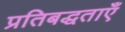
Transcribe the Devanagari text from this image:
प्रतिबद्धताएँ